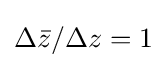
{\textstyle \Delta {\bar {z}}/\Delta z=1}